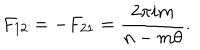
F _ { 1 2 } = - F _ { 2 1 } = \frac { 2 \pi i m } { n - m \theta } .